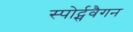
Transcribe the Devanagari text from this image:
स्पोर्ट्सवैगन